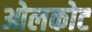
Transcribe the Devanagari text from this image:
ओलकोट